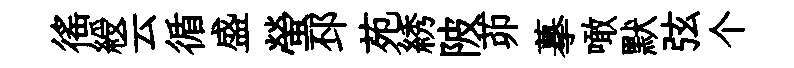
徭綬云循盛螢邳苑綉陂茆摹噉默弦个